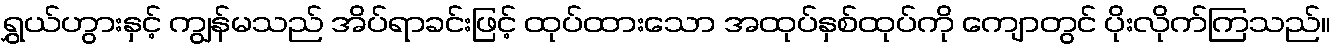
ရွှယ်ဟွားနှင့် ကျွန်မသည် အိပ်ရာခင်းဖြင့် ထုပ်ထားသော အထုပ်နှစ်ထုပ်ကို ကျောတွင် ပိုးလိုက်ကြသည်။